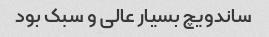
ساندویچ بسیار عالی و سبک بود